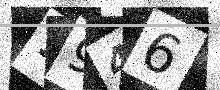
Text: 1946